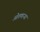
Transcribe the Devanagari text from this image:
ओतणाऱ्या